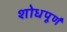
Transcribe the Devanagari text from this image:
शोधपूर्णं